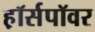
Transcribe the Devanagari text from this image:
ह़ॉर्सपॉवर